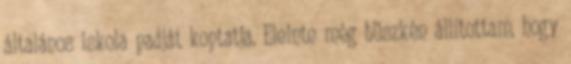
általános iskola padját koptatja. Eleinte még büszkén állítottam, hogy